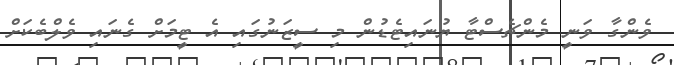
ވެންގާ ވަނީ މެންޗެސްޓާ ޔުނައިޓެޑުން މި ސީޒަނުގައި އެ ޓީމަށް ގެނައި ވެލްބެކަށް